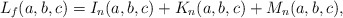
\begin{align*}L_f(a,b,c)=I_n(a,b,c)+K_n(a,b,c)+M_n(a,b,c), \end{align*}